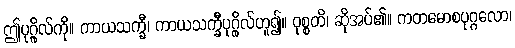
ဤပုဂ္ဂိုလ်ကို။ ကာယသက္ခီ၊ ကာယသက္ခီပုဂ္ဂိုလ်ဟူ၍။ ဝုစ္စတိ၊ ဆိုအပ်၏။ ကတမောစပုဂ္ဂလော၊